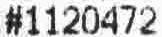
#1120472